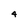
Character: 4